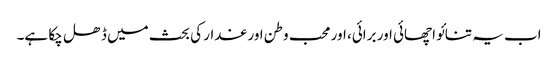
اب یہ تنائو اچھائی اور برائی، اور محب وطن اور غدار کی بحث میں ڈھل چکا ہے۔